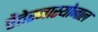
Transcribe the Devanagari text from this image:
ऐंतेरनास्योनाल